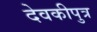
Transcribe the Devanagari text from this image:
देवकीपुत्र